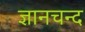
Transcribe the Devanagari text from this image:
ज्ञानचन्द